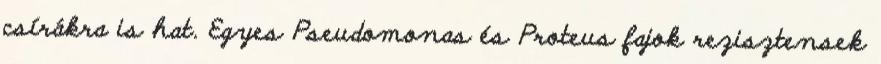
csírákra is hat. Egyes Pseudomonas és Proteus fajok rezisztensek